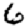
Digit: 6